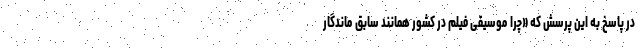
در پاسخ به این پرسش که «چرا موسیقی فیلم در کشور همانند سابق ماندگار